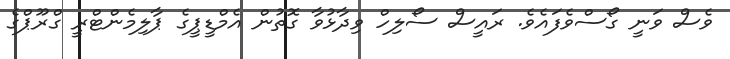
ވެސް ވަނީ ގޯސްވެފައެވެ. ރައީސް ސޯލިހް ވިދާޅުވާ ގޮތުން އެމްޑީޕީގެ ޕާލިމެންޓްރީ ގްރޫޕްގެ